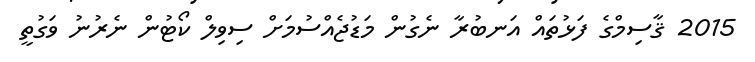
2015 ޤާސިމްގެ ފަޅުތައް އަނބުރާ ނެގުން މަޑުޖެއްސުމަށް ސިވިލް ކޯޓުން ނެރުނު ވަގުތީ